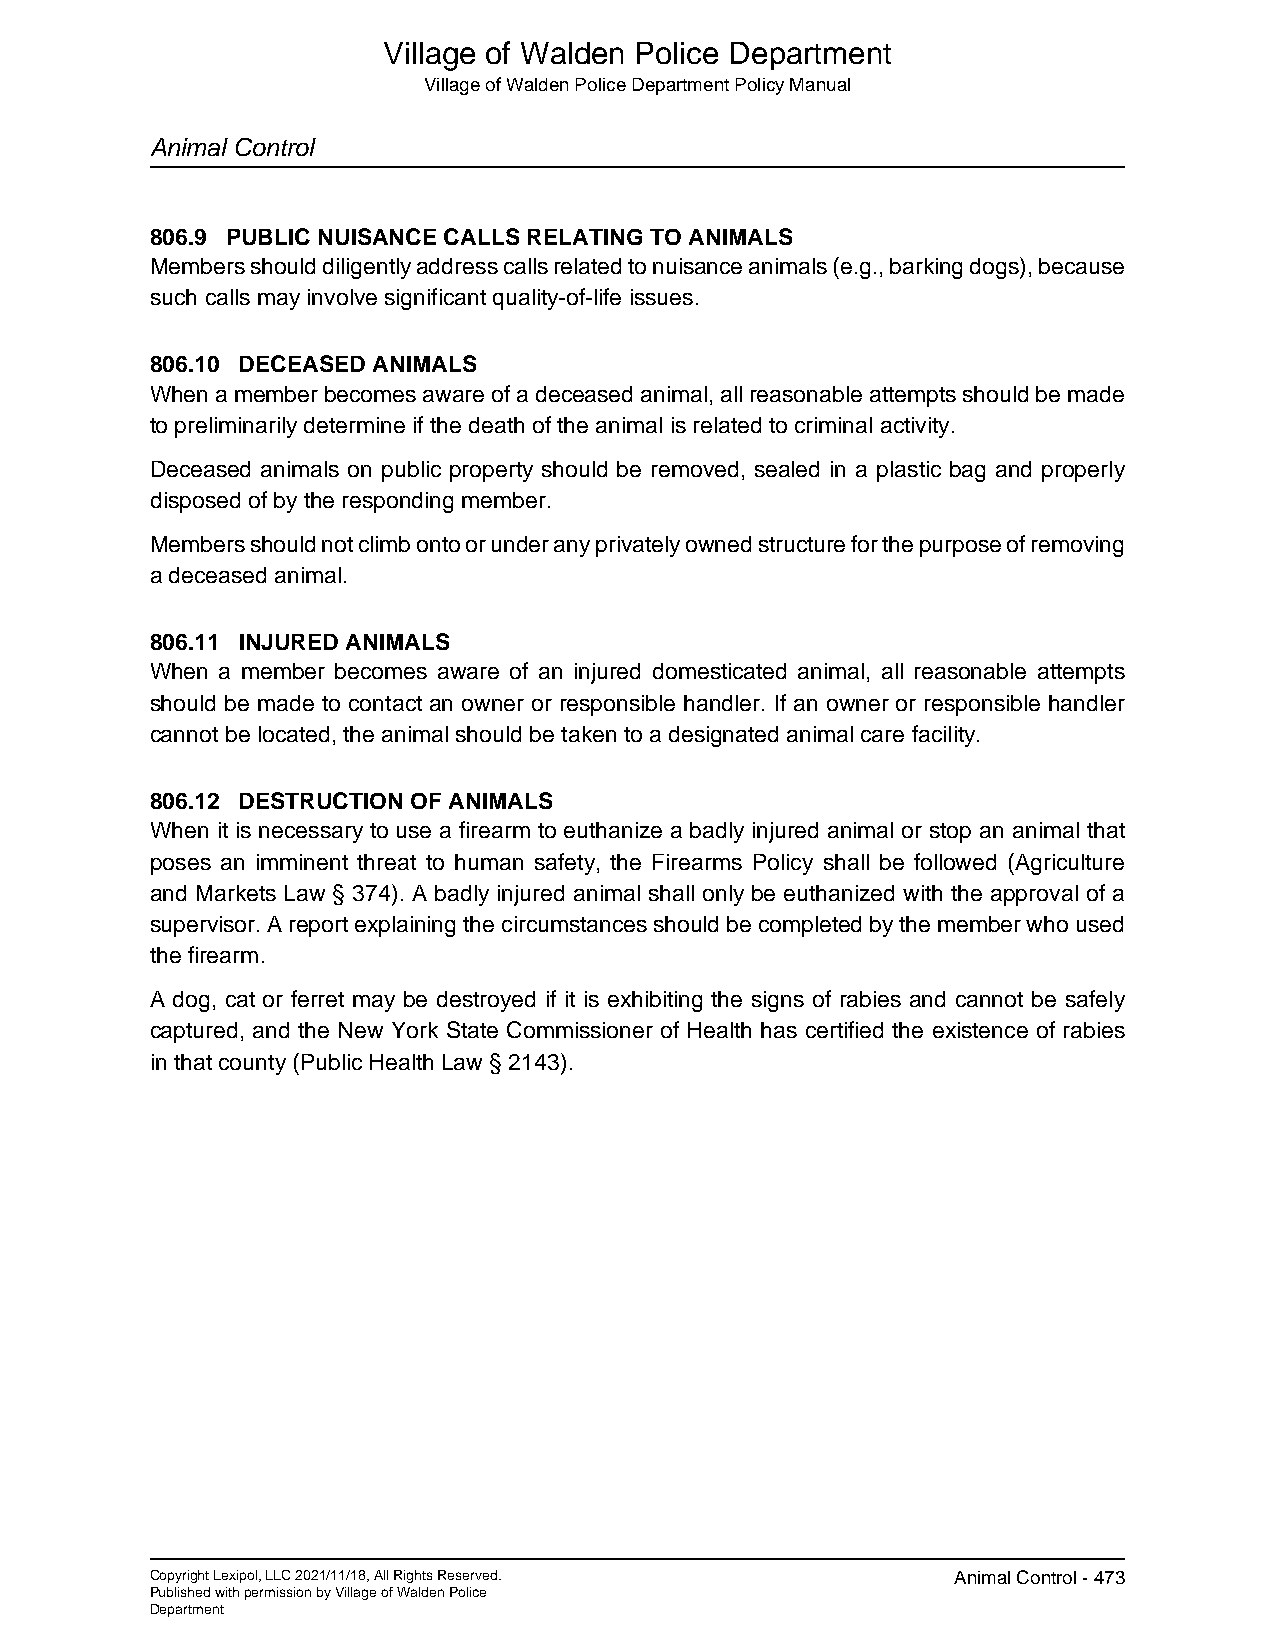
Village of Walden Police Department
 Village of Walden Police Department Policy Manual
 Animal Control
 806.9 PUBLIC NUISANCE CALLS RELATING TO ANIMALS
 Members should diligently address calls related to nuisance animals (e.g., barking dogs), because
 such calls may involve significant quality-of-life issues.
 806.10 DECEASED ANIMALS
 When a member becomes aware of a deceased animal, all reasonable attempts should be made
 to preliminarily determine if the death of the animal is related to criminal activity.
 Deceased animals on public property should be removed, sealed in a plastic bag and properly
 disposed of by the responding member.
 Members should not climb onto or under any privately owned structure for the purpose of removing
 a deceased animal.
 806.11 INJURED ANIMALS
 When a member becomes aware of an injured domesticated animal, all reasonable attempts
 should be made to contact an owner or responsible handler. If an owner or responsible handler
 cannot be located, the animal should be taken to a designated animal care facility.
 806.12 DESTRUCTION OF ANIMALS
 When it is necessary to use a firearm to euthanize a badly injured animal or stop an animal that
 poses an imminent threat to human safety, the Firearms Policy shall be followed (Agriculture
 and Markets Law § 374). A badly injured animal shall only be euthanized with the approval of a
 supervisor. A report explaining the circumstances should be completed by the member who used
 the firearm.
 A dog, cat or ferret may be destroyed if it is exhibiting the signs of rabies and cannot be safely
 captured, and the New York State Commissioner of Health has certified the existence of rabies
 in that county (Public Health Law § 2143).
 Copyright Lexipol, LLC 2021/11/18, All Rights Reserved. Animal Control - 473
 Published with permission by Village of Walden Police
 Department